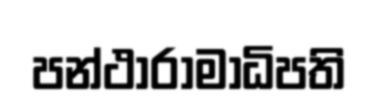
පන්ථාරාමාධිපති